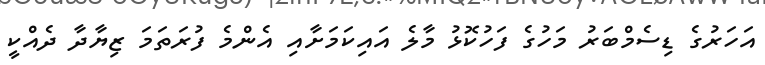
އަހަރުގެ ޑިސެމްބަރު މަހުގެ ފަހުކޮޅު މާލެ އައިކަމަށާއި އެންމެ ފުރަތަމަ ޒިޔާދާ ދެއްކީ